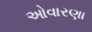
ઓવારણા